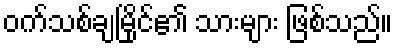
ဝက်သစ်ချမြိုင်၏ သားများ ဖြစ်သည်။